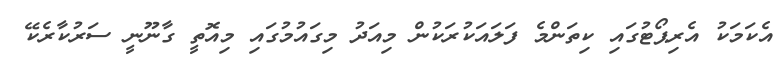
އެކަމަކު އެރިޕޯޓުގައި ކިތަންމެ ފަލައަކުރަކުން މިއަދު މިގައުމުގައި މިއޮތީ ގާނޫނީ ސަރުކާރެކޭ